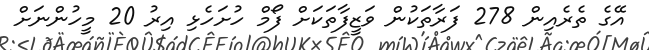
އޭގެ ތެރެއިން 278 ފަރާތަކުން ވަޒީފާތަކަށް ފޯމް ހުށަހެޅި އިރު 20 މީހުންނަށް